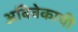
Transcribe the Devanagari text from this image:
अविवेकाची